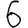
Digit: 6